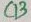
Text: C13